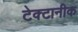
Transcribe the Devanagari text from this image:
टेक्टानीक